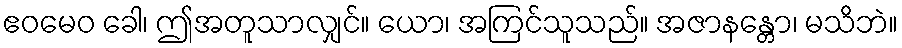
ဧဝမေဝ ခေါ၊ ဤအတူသာလျှင်။ ယော၊ အကြင်သူသည်။ အဇာနန္တော၊ မသိဘဲ။